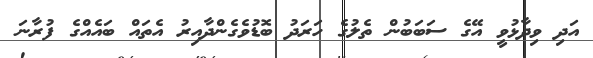
އަދި ވިދާޅުވީ އޭގެ ސަބަބުން ތެލުގެ ހަރަދު ބޮޑުވެގެންދާއިރު އެތައް ބައެއްގެ ފުރާނަ